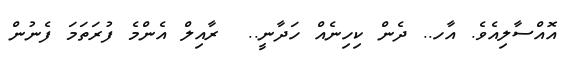
އޮއްސާލިއެވެ. އާހ.. ދެން ކިހިނެއް ހަދާނީ..  ރާއިލް އެންމެ ފުރަތަމަ ފެނުން